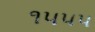
૧૫૫૫